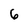
Character: 6